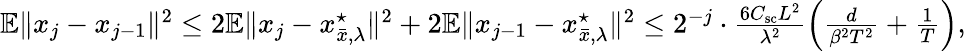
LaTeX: \begin{array}{r}{\mathbb{E}\| x_{j}-x_{j-1}\| ^{2}\le 2\mathbb{E}\| x_{j}-x_{\bar{x},\lambda}^{\star}\| ^{2}+2\mathbb{E}\| x_{j-1}-x_{\bar{x},\lambda}^{\star}\| ^{2}\le 2^{-j}\cdot\frac{6C_{\textup{sc}}L^{2}}{\lambda^{2}}\left(\frac{d}{\beta^{2}T^{2}}+\frac 1T\right),}\end{array}